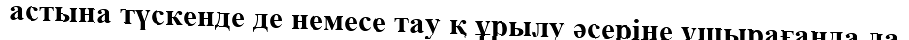
астына түскенде де немесе тау қ ұрылу әсеріне ұшырағанда да